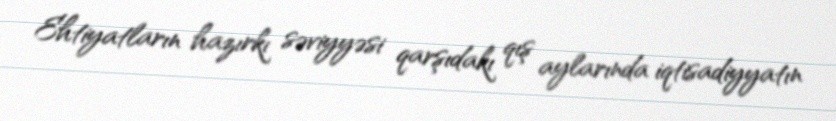
Ehtiyatların hazırkı səviyyəsi qarşıdakı qış aylarında iqtisadiyyatın